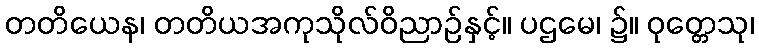
တတိယေန၊ တတိယအကုသိုလ်ဝိညာဉ်နှင့်။ ပဌမေ၊ ၌။ ဝုတ္တေသု၊